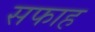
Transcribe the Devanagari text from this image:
सफाह